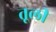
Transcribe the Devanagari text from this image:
तूली